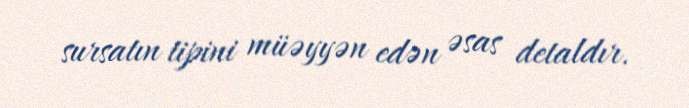
sursatın tipini müəyyən edən əsas detaldır.